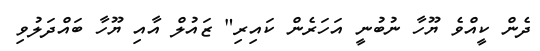
ދެން ކީއްވެ ޔޫހާ ނުބުނީ އަހަރެން ކައިރި" ޒައުލް އާއި ޔޫހާ ބައްދަލުވި